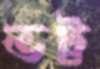
ভট্ট